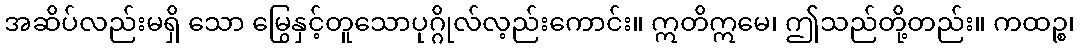
အဆိပ်လည်းမရှိ သော မြွေနှင့်တူသောပုဂ္ဂိုလ်လ့ည်းကောင်း။ ဣတိဣမေ၊ ဤသည်တို့တည်း။ ကထဉ္စ၊